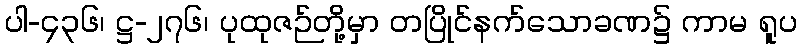
ပါ-၄၃၆၊ ဋ္ဌ-၂၇၆၊ ပုထုဇဉ်တို့မှာ တပြိုင်နက်သောခဏ၌ ကာမ ရူပ